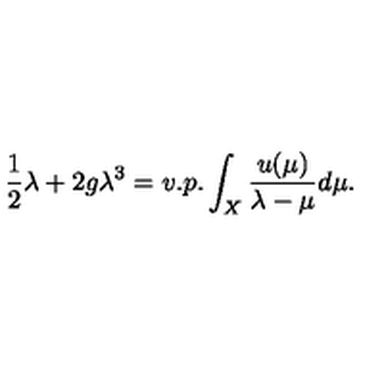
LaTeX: \frac 1 2 \lambda + 2 g \lambda ^ { 3 } = v . p . \int _ { X } \frac { u ( \mu ) } { \lambda - \mu } d \mu .